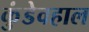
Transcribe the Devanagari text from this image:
कुंडेवहाल